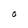
Character: O